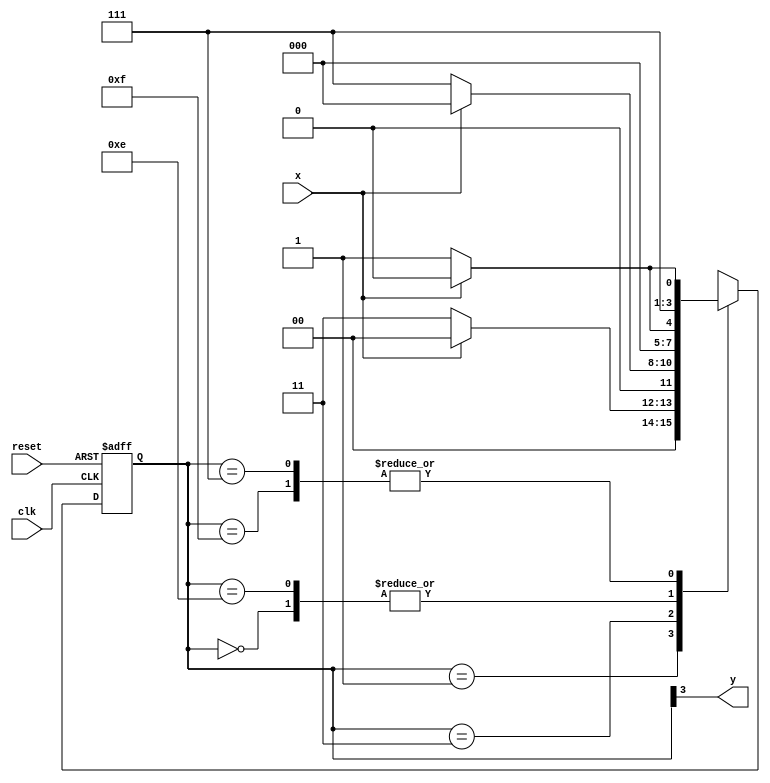
/*
 * Moore_x000 - MOORE
 * Nome Gabriel Vargas Bento de Souza
 */

/*
 -----------------
 --- Moore FSM ---
 -----------------
*/

// FSM by Moore
module moore_x000 ( y, x, clk, reset );
   output y;
   input  x;
   input  clk;
   input  reset;

   reg    y;

   parameter         // state identifiers
                     // considerar o bit = 1 caso identificado corretamente = 0
     start  = 4'b0000,
     id0    = 4'b0001,
     id00   = 4'b0011,
     id000  = 4'b0111,
     id1000 = 4'b1110, // signal found
     id0000 = 4'b1111; // signal found

     reg [3:0] E1;    // current state variables
     reg [3:0] E2;    // next state logic output
     
   // next state logic
   always @( x or E1 )
     begin
        case ( E1 )
          start:
            if ( x )
              E2 = start;
            else
              E2 = id0;
          id0:
            if ( x )
              E2 = start;
            else
              E2 = id00;
          id00:
            if ( x )
              E2 = start;
            else
              E2 = id000;
          id000:
            if ( x )
                E2 = id1000;
            else
                E2 = id0000;
          id1000:
            if ( x )
                E2 = start;
            else
                E2 = id0;
          id0000:
            if ( x )
                E2 = id1000;
            else
                E2 = id0000;
          default:     // undefined state
            E2 = 4'bxxxx;
        endcase
     end  // always at signal or state changing

   // state variables
   always @( posedge clk or negedge reset )
     begin
        if ( reset )
          E1 = E2;  // updates current state
        else
          E1 = 0;   // reset
     end // always at signal changing

   // output logic
   always @ ( E1 )
     begin
        y = E1[3]; // first bit of state value (MOORE indicator)
     end // always at state changing

endmodule // moore_x000